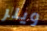
ويلر